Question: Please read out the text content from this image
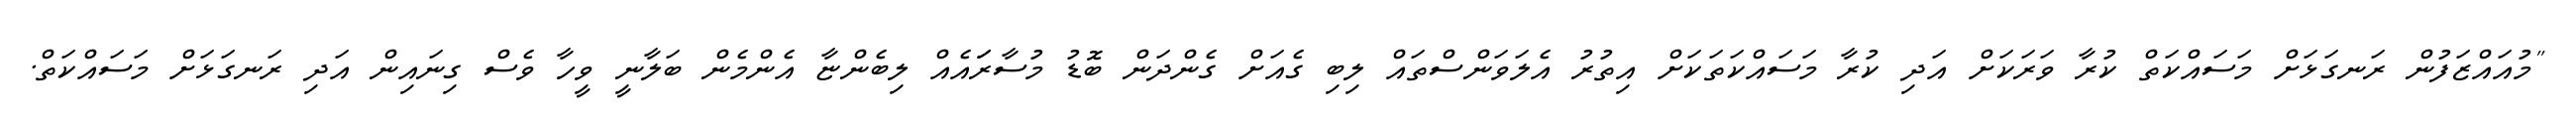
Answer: "މުއައްޒަފުން ރަނގަޅަށް މަސައްކަތް ކުރާ ވަރަކަށް އަދި ކުރާ މަސައްކަތަކަށް އިތުރު އެލަވަންސްތައް ލިބި ގެއަށް ގެންދަން ބޮޑު މުސާރަައެއް ލިބެންޏާ އެންމެން ބަލާނީ ވީހާ ވެސް ގިނައިން އަދި ރަނގަޅަށް މަސައްކަތް.